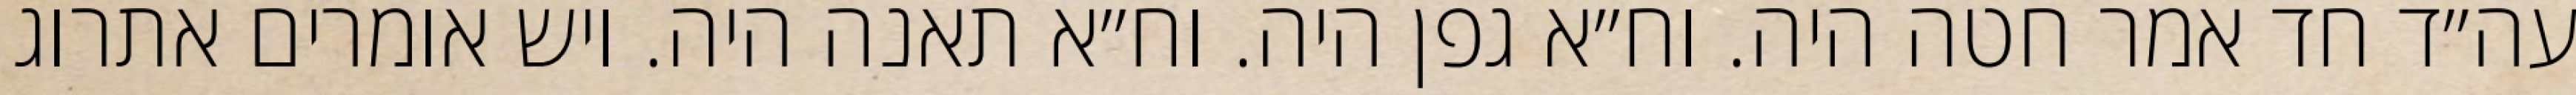
עה״ד חד אמר חטה היה. וח״א גפן היה. וח״א תאנה היה. ויש אומרים אתרוג